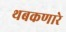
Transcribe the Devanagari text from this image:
थबकणारे